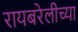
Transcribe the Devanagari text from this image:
रायबरेलीच्या